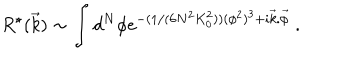
LaTeX: R ^ { \star } ( \vec { k } ) \sim \int d ^ { N } \phi \mathrm { e } ^ { - ( 1 / ( 6 N ^ { 2 } K _ { 0 } ^ { 2 } ) ) ( \phi ^ { 2 } ) ^ { 3 } + i \vec { k } . \vec { \phi } } \ .